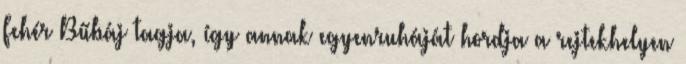
Fehér Bűbáj tagja, így annak egyenruháját hordja a rejtekhelyen